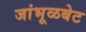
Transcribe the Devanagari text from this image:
जांभूळबेट